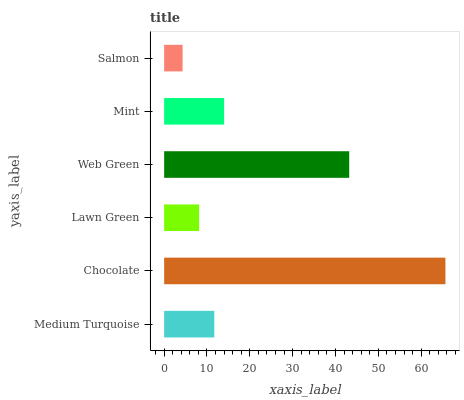
| yaxis_label | bars |
 | --- | --- |
 | Medium Turquoise | 11.7 |
 | Chocolate | 65.6 |
 | Lawn Green | 8.16 |
 | Web Green | 43.2 |
 | Mint | 14 |
 | Salmon | 4.31 |